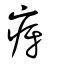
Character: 疨